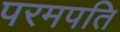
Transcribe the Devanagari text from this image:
परमपति